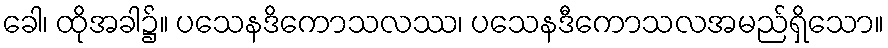
ခေါ၊ ထိုအခါ၌။ ပသေနဒိကောသလဿ၊ ပသေနဒီကောသလအမည်ရှိသော။